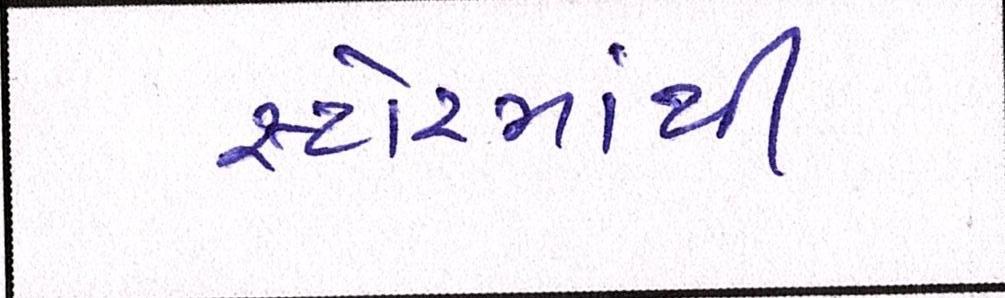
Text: સ્ટોરમાંથી